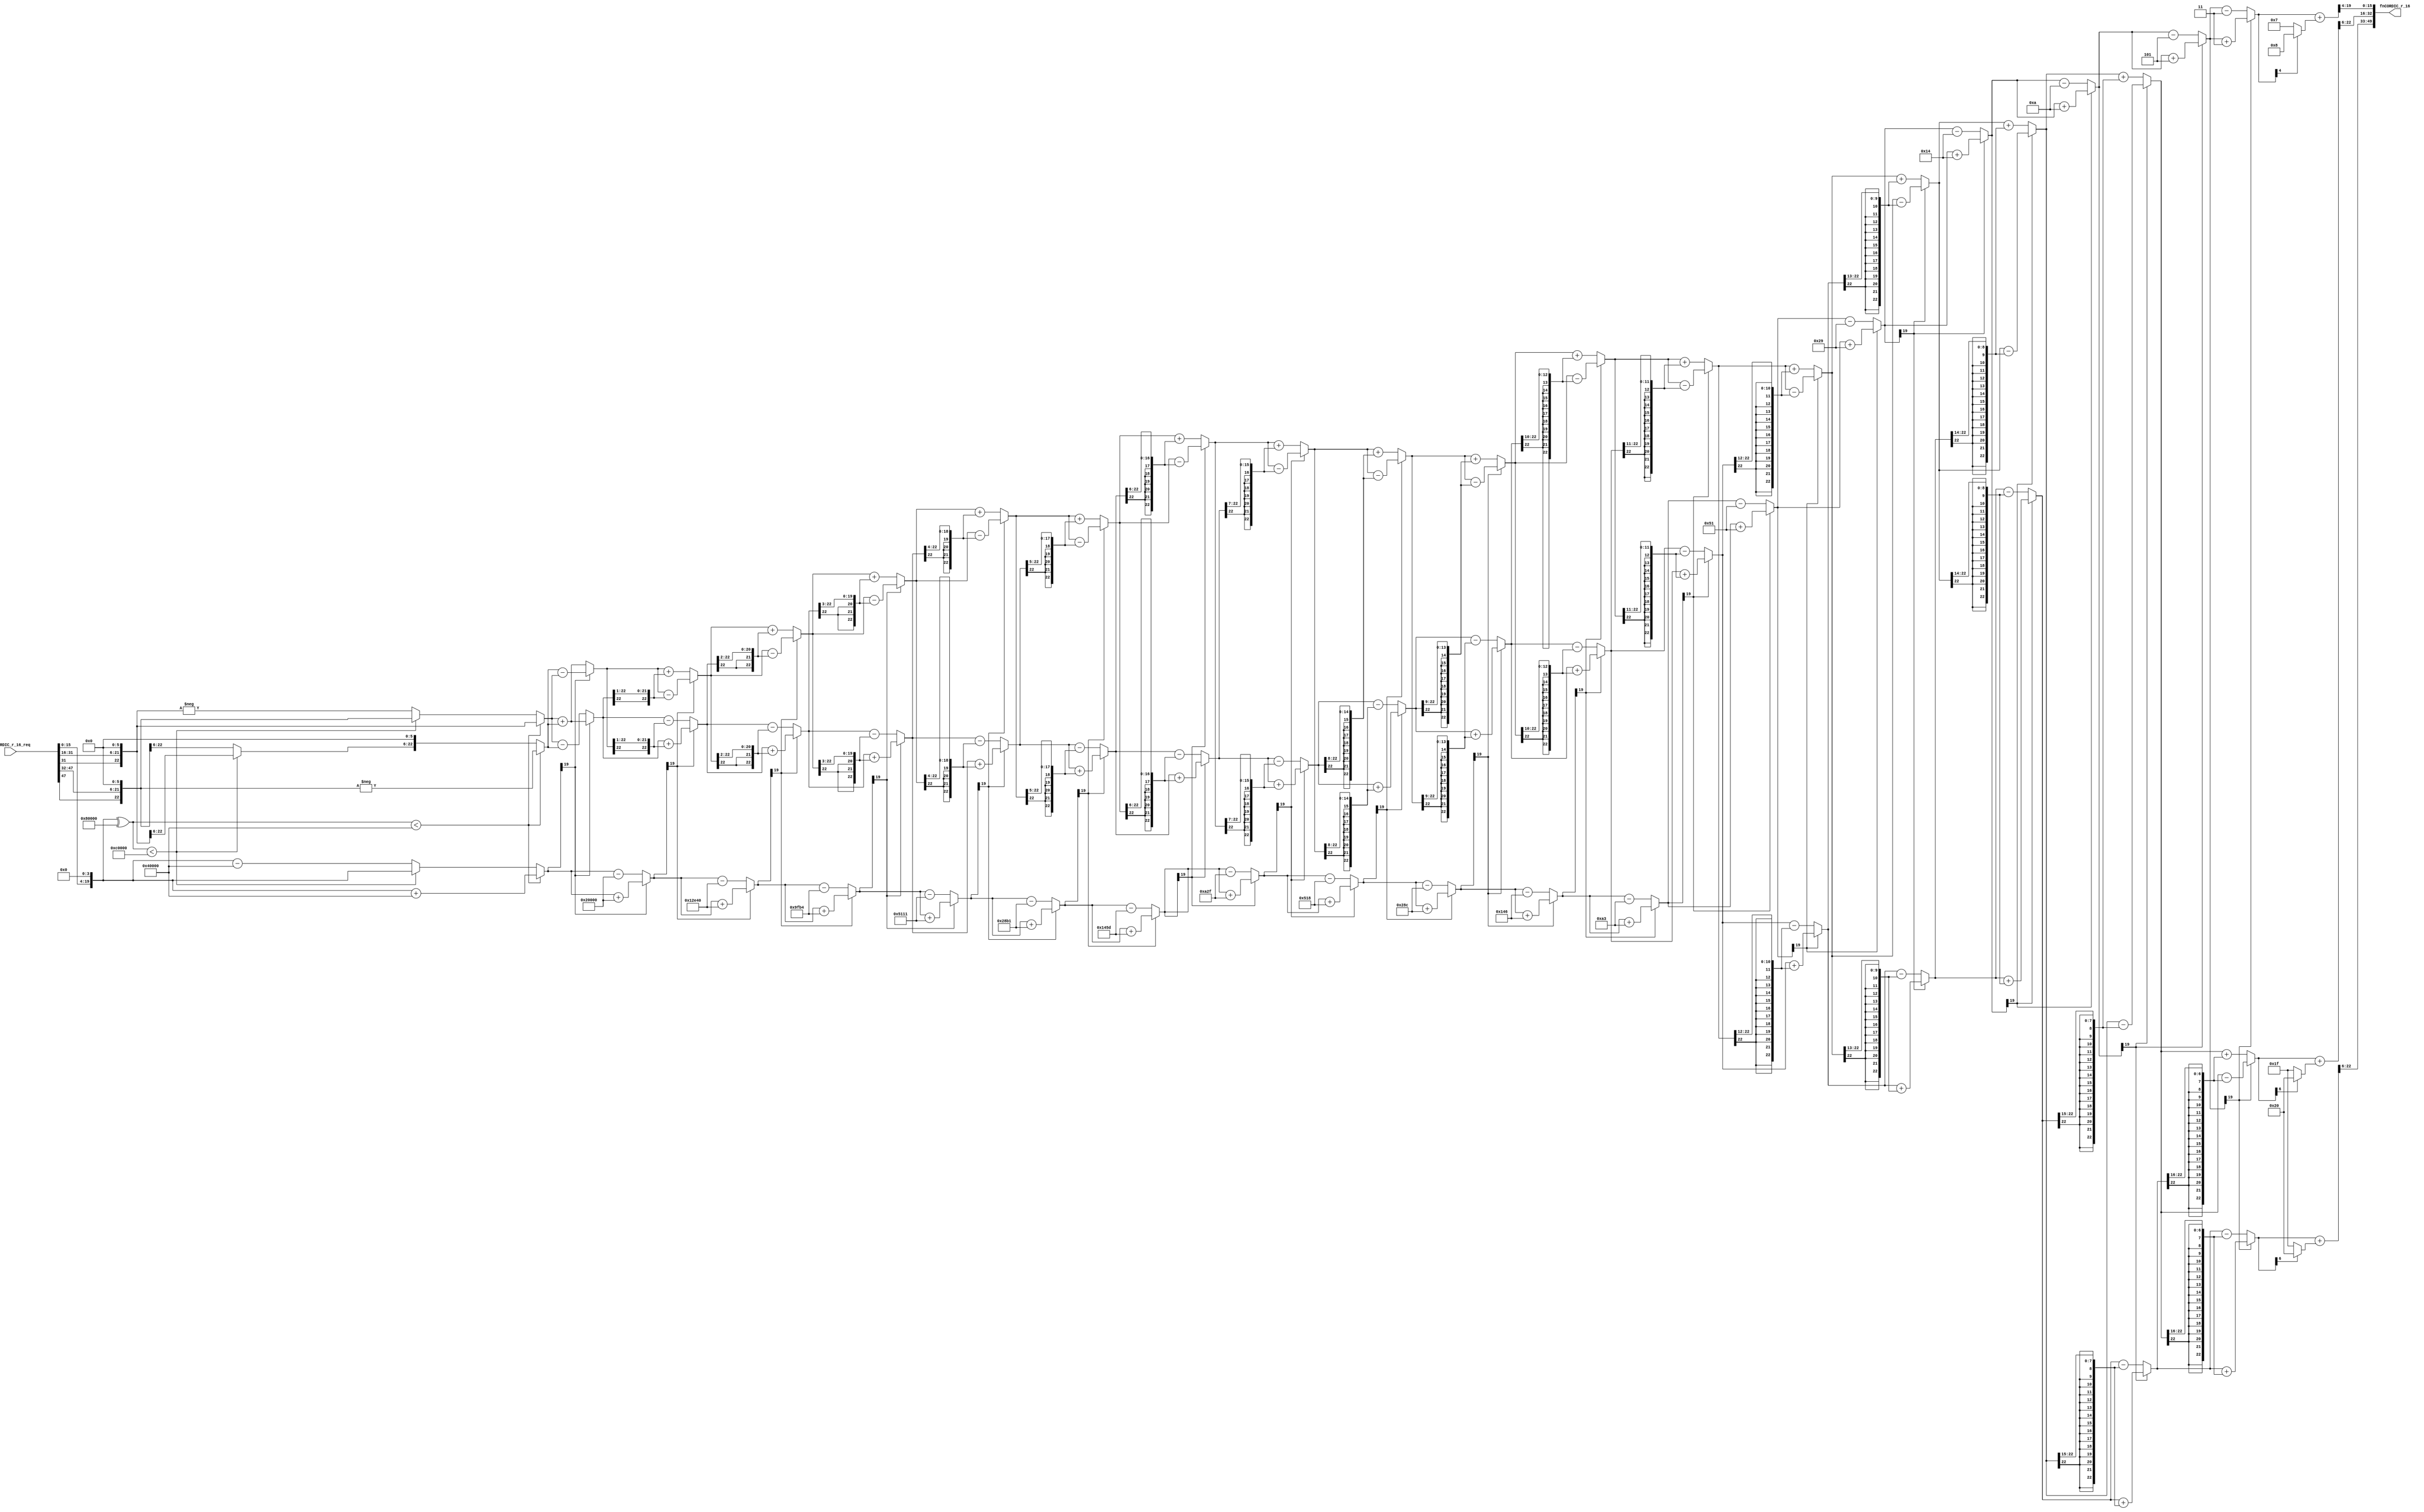
//
// Generated by Bluespec Compiler, version 2021.12.1 (build fd50140)
//
// On Sat Dec 18 18:10:43 CET 2021
//
//
// Ports:
// Name                         I/O  size props
// fnCORDIC_r_16                  O    50
// fnCORDIC_r_16_req              I    48
//
// Combinational paths from inputs to outputs:
//   fnCORDIC_r_16_req -> fnCORDIC_r_16
//
//

`ifdef BSV_ASSIGNMENT_DELAY
`else
  `define BSV_ASSIGNMENT_DELAY
`endif

`ifdef BSV_POSITIVE_RESET
  `define BSV_RESET_VALUE 1'b1
  `define BSV_RESET_EDGE posedge
`else
  `define BSV_RESET_VALUE 1'b0
  `define BSV_RESET_EDGE negedge
`endif

module module_fnCORDIC_r_16(fnCORDIC_r_16_req,
			    fnCORDIC_r_16);
  // value method fnCORDIC_r_16
  input  [47 : 0] fnCORDIC_r_16_req;
  output [49 : 0] fnCORDIC_r_16;

  // signals for module outputs
  wire [49 : 0] fnCORDIC_r_16;

  // remaining internal signals
  wire [22 : 0] IF_IF_IF_IF_IF_IF_IF_IF_IF_IF_IF_IF_IF_IF_IF_I_ETC___d206,
		IF_IF_IF_IF_IF_IF_IF_IF_IF_IF_IF_IF_IF_IF_IF_I_ETC___d210,
		IF_IF_IF_IF_IF_IF_IF_IF_IF_IF_IF_IF_IF_IF_IF_I_ETC___d211,
		IF_IF_IF_IF_IF_IF_IF_IF_IF_IF_IF_IF_IF_IF_IF_I_ETC___d214,
		IF_IF_IF_IF_IF_IF_IF_IF_IF_IF_IF_IF_IF_IF_IF_I_ETC___d215,
		IF_IF_IF_IF_IF_IF_IF_IF_IF_IF_IF_IF_IF_IF_IF_I_ETC___d218,
		IF_IF_IF_IF_IF_IF_IF_IF_IF_IF_IF_IF_IF_IF_IF_I_ETC___d219,
		IF_IF_IF_IF_IF_IF_IF_IF_IF_IF_IF_IF_IF_IF_IF_I_ETC___d222,
		IF_IF_IF_IF_IF_IF_IF_IF_IF_IF_IF_IF_IF_IF_IF_I_ETC___d228,
		IF_IF_IF_IF_IF_IF_IF_IF_IF_IF_IF_IF_IF_IF_IF_I_ETC___d231,
		IF_IF_IF_IF_IF_IF_IF_IF_IF_IF_IF_IF_IF_IF_IF_I_ETC__q39,
		IF_IF_IF_IF_IF_IF_IF_IF_IF_IF_IF_IF_IF_IF_IF_I_ETC__q42,
		IF_IF_IF_IF_IF_IF_IF_IF_IF_IF_IF_IF_IF_IF_IF_S_ETC___d198,
		IF_IF_IF_IF_IF_IF_IF_IF_IF_IF_IF_IF_IF_IF_IF_S_ETC___d202,
		IF_IF_IF_IF_IF_IF_IF_IF_IF_IF_IF_IF_IF_IF_IF_S_ETC___d203,
		IF_IF_IF_IF_IF_IF_IF_IF_IF_IF_IF_IF_IF_IF_IF_S_ETC___d207,
		IF_IF_IF_IF_IF_IF_IF_IF_IF_IF_IF_IF_IF_IF_SEXT_ETC___d190,
		IF_IF_IF_IF_IF_IF_IF_IF_IF_IF_IF_IF_IF_IF_SEXT_ETC___d194,
		IF_IF_IF_IF_IF_IF_IF_IF_IF_IF_IF_IF_IF_IF_SEXT_ETC___d195,
		IF_IF_IF_IF_IF_IF_IF_IF_IF_IF_IF_IF_IF_IF_SEXT_ETC___d199,
		IF_IF_IF_IF_IF_IF_IF_IF_IF_IF_IF_IF_IF_SEXT_fn_ETC___d182,
		IF_IF_IF_IF_IF_IF_IF_IF_IF_IF_IF_IF_IF_SEXT_fn_ETC___d186,
		IF_IF_IF_IF_IF_IF_IF_IF_IF_IF_IF_IF_IF_SEXT_fn_ETC___d187,
		IF_IF_IF_IF_IF_IF_IF_IF_IF_IF_IF_IF_IF_SEXT_fn_ETC___d191,
		IF_IF_IF_IF_IF_IF_IF_IF_IF_IF_IF_IF_SEXT_fnCOR_ETC___d174,
		IF_IF_IF_IF_IF_IF_IF_IF_IF_IF_IF_IF_SEXT_fnCOR_ETC___d178,
		IF_IF_IF_IF_IF_IF_IF_IF_IF_IF_IF_IF_SEXT_fnCOR_ETC___d179,
		IF_IF_IF_IF_IF_IF_IF_IF_IF_IF_IF_IF_SEXT_fnCOR_ETC___d183,
		IF_IF_IF_IF_IF_IF_IF_IF_IF_IF_IF_SEXT_fnCORDIC_ETC___d166,
		IF_IF_IF_IF_IF_IF_IF_IF_IF_IF_IF_SEXT_fnCORDIC_ETC___d170,
		IF_IF_IF_IF_IF_IF_IF_IF_IF_IF_IF_SEXT_fnCORDIC_ETC___d171,
		IF_IF_IF_IF_IF_IF_IF_IF_IF_IF_IF_SEXT_fnCORDIC_ETC___d175,
		IF_IF_IF_IF_IF_IF_IF_IF_IF_IF_SEXT_fnCORDIC_r__ETC___d158,
		IF_IF_IF_IF_IF_IF_IF_IF_IF_IF_SEXT_fnCORDIC_r__ETC___d162,
		IF_IF_IF_IF_IF_IF_IF_IF_IF_IF_SEXT_fnCORDIC_r__ETC___d163,
		IF_IF_IF_IF_IF_IF_IF_IF_IF_IF_SEXT_fnCORDIC_r__ETC___d167,
		IF_IF_IF_IF_IF_IF_IF_IF_IF_SEXT_fnCORDIC_r_16__ETC___d150,
		IF_IF_IF_IF_IF_IF_IF_IF_IF_SEXT_fnCORDIC_r_16__ETC___d154,
		IF_IF_IF_IF_IF_IF_IF_IF_IF_SEXT_fnCORDIC_r_16__ETC___d155,
		IF_IF_IF_IF_IF_IF_IF_IF_IF_SEXT_fnCORDIC_r_16__ETC___d159,
		IF_IF_IF_IF_IF_IF_IF_IF_SEXT_fnCORDIC_r_16_req_ETC___d142,
		IF_IF_IF_IF_IF_IF_IF_IF_SEXT_fnCORDIC_r_16_req_ETC___d146,
		IF_IF_IF_IF_IF_IF_IF_IF_SEXT_fnCORDIC_r_16_req_ETC___d147,
		IF_IF_IF_IF_IF_IF_IF_IF_SEXT_fnCORDIC_r_16_req_ETC___d151,
		IF_IF_IF_IF_IF_IF_IF_SEXT_fnCORDIC_r_16_req_BI_ETC___d134,
		IF_IF_IF_IF_IF_IF_IF_SEXT_fnCORDIC_r_16_req_BI_ETC___d138,
		IF_IF_IF_IF_IF_IF_IF_SEXT_fnCORDIC_r_16_req_BI_ETC___d139,
		IF_IF_IF_IF_IF_IF_IF_SEXT_fnCORDIC_r_16_req_BI_ETC___d143,
		IF_IF_IF_IF_IF_IF_SEXT_fnCORDIC_r_16_req_BITS__ETC___d126,
		IF_IF_IF_IF_IF_IF_SEXT_fnCORDIC_r_16_req_BITS__ETC___d130,
		IF_IF_IF_IF_IF_IF_SEXT_fnCORDIC_r_16_req_BITS__ETC___d131,
		IF_IF_IF_IF_IF_IF_SEXT_fnCORDIC_r_16_req_BITS__ETC___d135,
		IF_IF_IF_IF_IF_SEXT_fnCORDIC_r_16_req_BITS_15__ETC___d118,
		IF_IF_IF_IF_IF_SEXT_fnCORDIC_r_16_req_BITS_15__ETC___d122,
		IF_IF_IF_IF_IF_SEXT_fnCORDIC_r_16_req_BITS_15__ETC___d123,
		IF_IF_IF_IF_IF_SEXT_fnCORDIC_r_16_req_BITS_15__ETC___d127,
		IF_IF_IF_IF_SEXT_fnCORDIC_r_16_req_BITS_15_TO__ETC___d110,
		IF_IF_IF_IF_SEXT_fnCORDIC_r_16_req_BITS_15_TO__ETC___d114,
		IF_IF_IF_IF_SEXT_fnCORDIC_r_16_req_BITS_15_TO__ETC___d115,
		IF_IF_IF_IF_SEXT_fnCORDIC_r_16_req_BITS_15_TO__ETC___d119,
		IF_IF_IF_SEXT_fnCORDIC_r_16_req_BITS_15_TO_0_B_ETC___d102,
		IF_IF_IF_SEXT_fnCORDIC_r_16_req_BITS_15_TO_0_B_ETC___d106,
		IF_IF_IF_SEXT_fnCORDIC_r_16_req_BITS_15_TO_0_B_ETC___d107,
		IF_IF_IF_SEXT_fnCORDIC_r_16_req_BITS_15_TO_0_B_ETC___d111,
		IF_IF_SEXT_fnCORDIC_r_16_req_BITS_15_TO_0_BITS_ETC___d103,
		IF_IF_SEXT_fnCORDIC_r_16_req_BITS_15_TO_0_BITS_ETC___d94,
		IF_IF_SEXT_fnCORDIC_r_16_req_BITS_15_TO_0_BITS_ETC___d98,
		IF_IF_SEXT_fnCORDIC_r_16_req_BITS_15_TO_0_BITS_ETC___d99,
		IF_SEXT_fnCORDIC_r_16_req_BITS_15_TO_0_BITS_15_ETC___d86,
		IF_SEXT_fnCORDIC_r_16_req_BITS_15_TO_0_BITS_15_ETC___d90,
		IF_SEXT_fnCORDIC_r_16_req_BITS_15_TO_0_BITS_15_ETC___d91,
		IF_SEXT_fnCORDIC_r_16_req_BITS_15_TO_0_BITS_15_ETC___d95,
		SEXT_IF_IF_IF_IF_IF_IF_IF_IF_IF_IF_IF_IF_IF_IF_ETC__q41,
		SEXT_IF_IF_IF_IF_IF_IF_IF_IF_IF_IF_IF_IF_IF_IF_ETC__q44,
		SEXT_fnCORDIC_r_16_req_BITS_31_TO_16__q4,
		SEXT_fnCORDIC_r_16_req_BITS_47_TO_32__q6;
  wire [21 : 0] IF_IF_SEXT_fnCORDIC_r_16_req_BITS_15_TO_0_BITS_ETC__q7,
		IF_IF_SEXT_fnCORDIC_r_16_req_BITS_15_TO_0_BITS_ETC__q8;
  wire [20 : 0] IF_IF_IF_SEXT_fnCORDIC_r_16_req_BITS_15_TO_0_B_ETC__q10,
		IF_IF_IF_SEXT_fnCORDIC_r_16_req_BITS_15_TO_0_B_ETC__q9;
  wire [19 : 0] IF_IF_IF_IF_IF_IF_IF_IF_IF_IF_IF_IF_IF_IF_IF_I_ETC___d239,
		IF_IF_IF_IF_IF_IF_IF_IF_IF_IF_IF_IF_IF_IF_IF_I_ETC___d70,
		IF_IF_IF_IF_IF_IF_IF_IF_IF_IF_IF_IF_IF_IF_IF_I_ETC___d74,
		IF_IF_IF_IF_IF_IF_IF_IF_IF_IF_IF_IF_IF_IF_IF_I_ETC__q45,
		IF_IF_IF_IF_IF_IF_IF_IF_IF_IF_IF_IF_IF_IF_IF_S_ETC___d66,
		IF_IF_IF_IF_IF_IF_IF_IF_IF_IF_IF_IF_IF_IF_SEXT_ETC___d62,
		IF_IF_IF_IF_IF_IF_IF_IF_IF_IF_IF_IF_IF_SEXT_fn_ETC___d58,
		IF_IF_IF_IF_IF_IF_IF_IF_IF_IF_IF_IF_SEXT_fnCOR_ETC___d54,
		IF_IF_IF_IF_IF_IF_IF_IF_IF_IF_IF_SEXT_fnCORDIC_ETC___d50,
		IF_IF_IF_IF_IF_IF_IF_IF_IF_IF_SEXT_fnCORDIC_r__ETC___d46,
		IF_IF_IF_IF_IF_IF_IF_IF_IF_SEXT_fnCORDIC_r_16__ETC___d42,
		IF_IF_IF_IF_IF_IF_IF_IF_SEXT_fnCORDIC_r_16_req_ETC___d38,
		IF_IF_IF_IF_IF_IF_IF_SEXT_fnCORDIC_r_16_req_BI_ETC___d34,
		IF_IF_IF_IF_IF_IF_SEXT_fnCORDIC_r_16_req_BITS__ETC___d30,
		IF_IF_IF_IF_IF_SEXT_fnCORDIC_r_16_req_BITS_15__ETC___d26,
		IF_IF_IF_IF_SEXT_fnCORDIC_r_16_req_BITS_15_TO__ETC___d22,
		IF_IF_IF_IF_SEXT_fnCORDIC_r_16_req_BITS_15_TO__ETC__q11,
		IF_IF_IF_IF_SEXT_fnCORDIC_r_16_req_BITS_15_TO__ETC__q12,
		IF_IF_IF_SEXT_fnCORDIC_r_16_req_BITS_15_TO_0_B_ETC___d18,
		IF_IF_SEXT_fnCORDIC_r_16_req_BITS_15_TO_0_BITS_ETC___d14,
		IF_SEXT_fnCORDIC_r_16_req_BITS_15_TO_0_BITS_15_ETC___d10,
		SEXT_IF_IF_IF_IF_IF_IF_IF_IF_IF_IF_IF_IF_IF_IF_ETC__q47,
		SEXT_fnCORDIC_r_16_req_BITS_15_TO_0_BITS_15_TO_ETC___d4,
		SEXT_fnCORDIC_r_16_req_BITS_15_TO_0__q2;
  wire [18 : 0] IF_IF_IF_IF_IF_SEXT_fnCORDIC_r_16_req_BITS_15__ETC__q13,
		IF_IF_IF_IF_IF_SEXT_fnCORDIC_r_16_req_BITS_15__ETC__q14;
  wire [17 : 0] IF_IF_IF_IF_IF_IF_SEXT_fnCORDIC_r_16_req_BITS__ETC__q15,
		IF_IF_IF_IF_IF_IF_SEXT_fnCORDIC_r_16_req_BITS__ETC__q16;
  wire [16 : 0] IF_IF_IF_IF_IF_IF_IF_IF_IF_IF_IF_IF_IF_IF_IF_I_ETC__q40,
		IF_IF_IF_IF_IF_IF_IF_IF_IF_IF_IF_IF_IF_IF_IF_I_ETC__q43,
		IF_IF_IF_IF_IF_IF_IF_SEXT_fnCORDIC_r_16_req_BI_ETC__q17,
		IF_IF_IF_IF_IF_IF_IF_SEXT_fnCORDIC_r_16_req_BI_ETC__q18;
  wire [15 : 0] IF_IF_IF_IF_IF_IF_IF_IF_IF_IF_IF_IF_IF_IF_IF_I_ETC__q46,
		IF_IF_IF_IF_IF_IF_IF_IF_SEXT_fnCORDIC_r_16_req_ETC__q19,
		IF_IF_IF_IF_IF_IF_IF_IF_SEXT_fnCORDIC_r_16_req_ETC__q20,
		fnCORDIC_r_16_req_BITS_15_TO_0__q1,
		fnCORDIC_r_16_req_BITS_31_TO_16__q3,
		fnCORDIC_r_16_req_BITS_47_TO_32__q5;
  wire [14 : 0] IF_IF_IF_IF_IF_IF_IF_IF_IF_SEXT_fnCORDIC_r_16__ETC__q21,
		IF_IF_IF_IF_IF_IF_IF_IF_IF_SEXT_fnCORDIC_r_16__ETC__q22;
  wire [13 : 0] IF_IF_IF_IF_IF_IF_IF_IF_IF_IF_SEXT_fnCORDIC_r__ETC__q23,
		IF_IF_IF_IF_IF_IF_IF_IF_IF_IF_SEXT_fnCORDIC_r__ETC__q24;
  wire [12 : 0] IF_IF_IF_IF_IF_IF_IF_IF_IF_IF_IF_SEXT_fnCORDIC_ETC__q25,
		IF_IF_IF_IF_IF_IF_IF_IF_IF_IF_IF_SEXT_fnCORDIC_ETC__q26;
  wire [11 : 0] IF_IF_IF_IF_IF_IF_IF_IF_IF_IF_IF_IF_SEXT_fnCOR_ETC__q27,
		IF_IF_IF_IF_IF_IF_IF_IF_IF_IF_IF_IF_SEXT_fnCOR_ETC__q28;
  wire [10 : 0] IF_IF_IF_IF_IF_IF_IF_IF_IF_IF_IF_IF_IF_SEXT_fn_ETC__q29,
		IF_IF_IF_IF_IF_IF_IF_IF_IF_IF_IF_IF_IF_SEXT_fn_ETC__q30;
  wire [9 : 0] IF_IF_IF_IF_IF_IF_IF_IF_IF_IF_IF_IF_IF_IF_SEXT_ETC__q31,
	       IF_IF_IF_IF_IF_IF_IF_IF_IF_IF_IF_IF_IF_IF_SEXT_ETC__q32;
  wire [8 : 0] IF_IF_IF_IF_IF_IF_IF_IF_IF_IF_IF_IF_IF_IF_IF_S_ETC__q33,
	       IF_IF_IF_IF_IF_IF_IF_IF_IF_IF_IF_IF_IF_IF_IF_S_ETC__q34;
  wire [7 : 0] IF_IF_IF_IF_IF_IF_IF_IF_IF_IF_IF_IF_IF_IF_IF_I_ETC__q35,
	       IF_IF_IF_IF_IF_IF_IF_IF_IF_IF_IF_IF_IF_IF_IF_I_ETC__q36;
  wire [6 : 0] IF_IF_IF_IF_IF_IF_IF_IF_IF_IF_IF_IF_IF_IF_IF_I_ETC__q37,
	       IF_IF_IF_IF_IF_IF_IF_IF_IF_IF_IF_IF_IF_IF_IF_I_ETC__q38;
  wire SEXT_fnCORDIC_r_16_req_BITS_15_TO_0_BITS_15_TO_ETC___d5,
       SEXT_fnCORDIC_r_16_req_BITS_15_TO_0_BITS_15_TO_ETC___d7;

  // value method fnCORDIC_r_16
  assign fnCORDIC_r_16 =
	     { SEXT_IF_IF_IF_IF_IF_IF_IF_IF_IF_IF_IF_IF_IF_IF_ETC__q41[16:0],
	       SEXT_IF_IF_IF_IF_IF_IF_IF_IF_IF_IF_IF_IF_IF_IF_ETC__q44[16:0],
	       SEXT_IF_IF_IF_IF_IF_IF_IF_IF_IF_IF_IF_IF_IF_IF_ETC__q47[15:0] } ;

  // remaining internal signals
  assign IF_IF_IF_IF_IF_IF_IF_IF_IF_IF_IF_IF_IF_IF_IF_I_ETC___d206 =
	     IF_IF_IF_IF_IF_IF_IF_IF_IF_IF_IF_IF_IF_IF_IF_S_ETC___d66[19] ?
	       IF_IF_IF_IF_IF_IF_IF_IF_IF_IF_IF_IF_IF_IF_IF_S_ETC___d198 +
	       IF_IF_IF_IF_IF_IF_IF_IF_IF_IF_IF_IF_IF_IF_IF_S_ETC___d203 :
	       IF_IF_IF_IF_IF_IF_IF_IF_IF_IF_IF_IF_IF_IF_IF_S_ETC___d198 -
	       IF_IF_IF_IF_IF_IF_IF_IF_IF_IF_IF_IF_IF_IF_IF_S_ETC___d203 ;
  assign IF_IF_IF_IF_IF_IF_IF_IF_IF_IF_IF_IF_IF_IF_IF_I_ETC___d210 =
	     IF_IF_IF_IF_IF_IF_IF_IF_IF_IF_IF_IF_IF_IF_IF_S_ETC___d66[19] ?
	       IF_IF_IF_IF_IF_IF_IF_IF_IF_IF_IF_IF_IF_IF_IF_S_ETC___d202 -
	       IF_IF_IF_IF_IF_IF_IF_IF_IF_IF_IF_IF_IF_IF_IF_S_ETC___d207 :
	       IF_IF_IF_IF_IF_IF_IF_IF_IF_IF_IF_IF_IF_IF_IF_S_ETC___d202 +
	       IF_IF_IF_IF_IF_IF_IF_IF_IF_IF_IF_IF_IF_IF_IF_S_ETC___d207 ;
  assign IF_IF_IF_IF_IF_IF_IF_IF_IF_IF_IF_IF_IF_IF_IF_I_ETC___d211 =
	     { {15{IF_IF_IF_IF_IF_IF_IF_IF_IF_IF_IF_IF_IF_IF_IF_I_ETC__q36[7]}},
	       IF_IF_IF_IF_IF_IF_IF_IF_IF_IF_IF_IF_IF_IF_IF_I_ETC__q36 } ;
  assign IF_IF_IF_IF_IF_IF_IF_IF_IF_IF_IF_IF_IF_IF_IF_I_ETC___d214 =
	     IF_IF_IF_IF_IF_IF_IF_IF_IF_IF_IF_IF_IF_IF_IF_I_ETC___d70[19] ?
	       IF_IF_IF_IF_IF_IF_IF_IF_IF_IF_IF_IF_IF_IF_IF_I_ETC___d206 +
	       IF_IF_IF_IF_IF_IF_IF_IF_IF_IF_IF_IF_IF_IF_IF_I_ETC___d211 :
	       IF_IF_IF_IF_IF_IF_IF_IF_IF_IF_IF_IF_IF_IF_IF_I_ETC___d206 -
	       IF_IF_IF_IF_IF_IF_IF_IF_IF_IF_IF_IF_IF_IF_IF_I_ETC___d211 ;
  assign IF_IF_IF_IF_IF_IF_IF_IF_IF_IF_IF_IF_IF_IF_IF_I_ETC___d215 =
	     { {15{IF_IF_IF_IF_IF_IF_IF_IF_IF_IF_IF_IF_IF_IF_IF_I_ETC__q35[7]}},
	       IF_IF_IF_IF_IF_IF_IF_IF_IF_IF_IF_IF_IF_IF_IF_I_ETC__q35 } ;
  assign IF_IF_IF_IF_IF_IF_IF_IF_IF_IF_IF_IF_IF_IF_IF_I_ETC___d218 =
	     IF_IF_IF_IF_IF_IF_IF_IF_IF_IF_IF_IF_IF_IF_IF_I_ETC___d70[19] ?
	       IF_IF_IF_IF_IF_IF_IF_IF_IF_IF_IF_IF_IF_IF_IF_I_ETC___d210 -
	       IF_IF_IF_IF_IF_IF_IF_IF_IF_IF_IF_IF_IF_IF_IF_I_ETC___d215 :
	       IF_IF_IF_IF_IF_IF_IF_IF_IF_IF_IF_IF_IF_IF_IF_I_ETC___d210 +
	       IF_IF_IF_IF_IF_IF_IF_IF_IF_IF_IF_IF_IF_IF_IF_I_ETC___d215 ;
  assign IF_IF_IF_IF_IF_IF_IF_IF_IF_IF_IF_IF_IF_IF_IF_I_ETC___d219 =
	     { {16{IF_IF_IF_IF_IF_IF_IF_IF_IF_IF_IF_IF_IF_IF_IF_I_ETC__q37[6]}},
	       IF_IF_IF_IF_IF_IF_IF_IF_IF_IF_IF_IF_IF_IF_IF_I_ETC__q37 } ;
  assign IF_IF_IF_IF_IF_IF_IF_IF_IF_IF_IF_IF_IF_IF_IF_I_ETC___d222 =
	     IF_IF_IF_IF_IF_IF_IF_IF_IF_IF_IF_IF_IF_IF_IF_I_ETC___d74[19] ?
	       IF_IF_IF_IF_IF_IF_IF_IF_IF_IF_IF_IF_IF_IF_IF_I_ETC___d214 +
	       IF_IF_IF_IF_IF_IF_IF_IF_IF_IF_IF_IF_IF_IF_IF_I_ETC___d219 :
	       IF_IF_IF_IF_IF_IF_IF_IF_IF_IF_IF_IF_IF_IF_IF_I_ETC___d214 -
	       IF_IF_IF_IF_IF_IF_IF_IF_IF_IF_IF_IF_IF_IF_IF_I_ETC___d219 ;
  assign IF_IF_IF_IF_IF_IF_IF_IF_IF_IF_IF_IF_IF_IF_IF_I_ETC___d228 =
	     { {16{IF_IF_IF_IF_IF_IF_IF_IF_IF_IF_IF_IF_IF_IF_IF_I_ETC__q38[6]}},
	       IF_IF_IF_IF_IF_IF_IF_IF_IF_IF_IF_IF_IF_IF_IF_I_ETC__q38 } ;
  assign IF_IF_IF_IF_IF_IF_IF_IF_IF_IF_IF_IF_IF_IF_IF_I_ETC___d231 =
	     IF_IF_IF_IF_IF_IF_IF_IF_IF_IF_IF_IF_IF_IF_IF_I_ETC___d74[19] ?
	       IF_IF_IF_IF_IF_IF_IF_IF_IF_IF_IF_IF_IF_IF_IF_I_ETC___d218 -
	       IF_IF_IF_IF_IF_IF_IF_IF_IF_IF_IF_IF_IF_IF_IF_I_ETC___d228 :
	       IF_IF_IF_IF_IF_IF_IF_IF_IF_IF_IF_IF_IF_IF_IF_I_ETC___d218 +
	       IF_IF_IF_IF_IF_IF_IF_IF_IF_IF_IF_IF_IF_IF_IF_I_ETC___d228 ;
  assign IF_IF_IF_IF_IF_IF_IF_IF_IF_IF_IF_IF_IF_IF_IF_I_ETC___d239 =
	     IF_IF_IF_IF_IF_IF_IF_IF_IF_IF_IF_IF_IF_IF_IF_I_ETC___d74[19] ?
	       IF_IF_IF_IF_IF_IF_IF_IF_IF_IF_IF_IF_IF_IF_IF_I_ETC___d74 +
	       20'd3 :
	       IF_IF_IF_IF_IF_IF_IF_IF_IF_IF_IF_IF_IF_IF_IF_I_ETC___d74 -
	       20'd3 ;
  assign IF_IF_IF_IF_IF_IF_IF_IF_IF_IF_IF_IF_IF_IF_IF_I_ETC___d70 =
	     IF_IF_IF_IF_IF_IF_IF_IF_IF_IF_IF_IF_IF_IF_IF_S_ETC___d66[19] ?
	       IF_IF_IF_IF_IF_IF_IF_IF_IF_IF_IF_IF_IF_IF_IF_S_ETC___d66 +
	       20'd10 :
	       IF_IF_IF_IF_IF_IF_IF_IF_IF_IF_IF_IF_IF_IF_IF_S_ETC___d66 -
	       20'd10 ;
  assign IF_IF_IF_IF_IF_IF_IF_IF_IF_IF_IF_IF_IF_IF_IF_I_ETC___d74 =
	     IF_IF_IF_IF_IF_IF_IF_IF_IF_IF_IF_IF_IF_IF_IF_I_ETC___d70[19] ?
	       IF_IF_IF_IF_IF_IF_IF_IF_IF_IF_IF_IF_IF_IF_IF_I_ETC___d70 +
	       20'd5 :
	       IF_IF_IF_IF_IF_IF_IF_IF_IF_IF_IF_IF_IF_IF_IF_I_ETC___d70 -
	       20'd5 ;
  assign IF_IF_IF_IF_IF_IF_IF_IF_IF_IF_IF_IF_IF_IF_IF_I_ETC__q35 =
	     IF_IF_IF_IF_IF_IF_IF_IF_IF_IF_IF_IF_IF_IF_IF_I_ETC___d206[22:15] ;
  assign IF_IF_IF_IF_IF_IF_IF_IF_IF_IF_IF_IF_IF_IF_IF_I_ETC__q36 =
	     IF_IF_IF_IF_IF_IF_IF_IF_IF_IF_IF_IF_IF_IF_IF_I_ETC___d210[22:15] ;
  assign IF_IF_IF_IF_IF_IF_IF_IF_IF_IF_IF_IF_IF_IF_IF_I_ETC__q37 =
	     IF_IF_IF_IF_IF_IF_IF_IF_IF_IF_IF_IF_IF_IF_IF_I_ETC___d218[22:16] ;
  assign IF_IF_IF_IF_IF_IF_IF_IF_IF_IF_IF_IF_IF_IF_IF_I_ETC__q38 =
	     IF_IF_IF_IF_IF_IF_IF_IF_IF_IF_IF_IF_IF_IF_IF_I_ETC___d214[22:16] ;
  assign IF_IF_IF_IF_IF_IF_IF_IF_IF_IF_IF_IF_IF_IF_IF_I_ETC__q39 =
	     IF_IF_IF_IF_IF_IF_IF_IF_IF_IF_IF_IF_IF_IF_IF_I_ETC___d222 +
	     (IF_IF_IF_IF_IF_IF_IF_IF_IF_IF_IF_IF_IF_IF_IF_I_ETC___d222[6] ?
		23'd32 :
		23'd31) ;
  assign IF_IF_IF_IF_IF_IF_IF_IF_IF_IF_IF_IF_IF_IF_IF_I_ETC__q40 =
	     IF_IF_IF_IF_IF_IF_IF_IF_IF_IF_IF_IF_IF_IF_IF_I_ETC__q39[22:6] ;
  assign IF_IF_IF_IF_IF_IF_IF_IF_IF_IF_IF_IF_IF_IF_IF_I_ETC__q42 =
	     IF_IF_IF_IF_IF_IF_IF_IF_IF_IF_IF_IF_IF_IF_IF_I_ETC___d231 +
	     (IF_IF_IF_IF_IF_IF_IF_IF_IF_IF_IF_IF_IF_IF_IF_I_ETC___d231[6] ?
		23'd32 :
		23'd31) ;
  assign IF_IF_IF_IF_IF_IF_IF_IF_IF_IF_IF_IF_IF_IF_IF_I_ETC__q43 =
	     IF_IF_IF_IF_IF_IF_IF_IF_IF_IF_IF_IF_IF_IF_IF_I_ETC__q42[22:6] ;
  assign IF_IF_IF_IF_IF_IF_IF_IF_IF_IF_IF_IF_IF_IF_IF_I_ETC__q45 =
	     IF_IF_IF_IF_IF_IF_IF_IF_IF_IF_IF_IF_IF_IF_IF_I_ETC___d239 +
	     (IF_IF_IF_IF_IF_IF_IF_IF_IF_IF_IF_IF_IF_IF_IF_I_ETC___d239[4] ?
		20'd8 :
		20'd7) ;
  assign IF_IF_IF_IF_IF_IF_IF_IF_IF_IF_IF_IF_IF_IF_IF_I_ETC__q46 =
	     IF_IF_IF_IF_IF_IF_IF_IF_IF_IF_IF_IF_IF_IF_IF_I_ETC__q45[19:4] ;
  assign IF_IF_IF_IF_IF_IF_IF_IF_IF_IF_IF_IF_IF_IF_IF_S_ETC___d198 =
	     IF_IF_IF_IF_IF_IF_IF_IF_IF_IF_IF_IF_IF_IF_SEXT_ETC___d62[19] ?
	       IF_IF_IF_IF_IF_IF_IF_IF_IF_IF_IF_IF_IF_IF_SEXT_ETC___d190 +
	       IF_IF_IF_IF_IF_IF_IF_IF_IF_IF_IF_IF_IF_IF_SEXT_ETC___d195 :
	       IF_IF_IF_IF_IF_IF_IF_IF_IF_IF_IF_IF_IF_IF_SEXT_ETC___d190 -
	       IF_IF_IF_IF_IF_IF_IF_IF_IF_IF_IF_IF_IF_IF_SEXT_ETC___d195 ;
  assign IF_IF_IF_IF_IF_IF_IF_IF_IF_IF_IF_IF_IF_IF_IF_S_ETC___d202 =
	     IF_IF_IF_IF_IF_IF_IF_IF_IF_IF_IF_IF_IF_IF_SEXT_ETC___d62[19] ?
	       IF_IF_IF_IF_IF_IF_IF_IF_IF_IF_IF_IF_IF_IF_SEXT_ETC___d194 -
	       IF_IF_IF_IF_IF_IF_IF_IF_IF_IF_IF_IF_IF_IF_SEXT_ETC___d199 :
	       IF_IF_IF_IF_IF_IF_IF_IF_IF_IF_IF_IF_IF_IF_SEXT_ETC___d194 +
	       IF_IF_IF_IF_IF_IF_IF_IF_IF_IF_IF_IF_IF_IF_SEXT_ETC___d199 ;
  assign IF_IF_IF_IF_IF_IF_IF_IF_IF_IF_IF_IF_IF_IF_IF_S_ETC___d203 =
	     { {14{IF_IF_IF_IF_IF_IF_IF_IF_IF_IF_IF_IF_IF_IF_IF_S_ETC__q34[8]}},
	       IF_IF_IF_IF_IF_IF_IF_IF_IF_IF_IF_IF_IF_IF_IF_S_ETC__q34 } ;
  assign IF_IF_IF_IF_IF_IF_IF_IF_IF_IF_IF_IF_IF_IF_IF_S_ETC___d207 =
	     { {14{IF_IF_IF_IF_IF_IF_IF_IF_IF_IF_IF_IF_IF_IF_IF_S_ETC__q33[8]}},
	       IF_IF_IF_IF_IF_IF_IF_IF_IF_IF_IF_IF_IF_IF_IF_S_ETC__q33 } ;
  assign IF_IF_IF_IF_IF_IF_IF_IF_IF_IF_IF_IF_IF_IF_IF_S_ETC___d66 =
	     IF_IF_IF_IF_IF_IF_IF_IF_IF_IF_IF_IF_IF_IF_SEXT_ETC___d62[19] ?
	       IF_IF_IF_IF_IF_IF_IF_IF_IF_IF_IF_IF_IF_IF_SEXT_ETC___d62 +
	       20'd20 :
	       IF_IF_IF_IF_IF_IF_IF_IF_IF_IF_IF_IF_IF_IF_SEXT_ETC___d62 -
	       20'd20 ;
  assign IF_IF_IF_IF_IF_IF_IF_IF_IF_IF_IF_IF_IF_IF_IF_S_ETC__q33 =
	     IF_IF_IF_IF_IF_IF_IF_IF_IF_IF_IF_IF_IF_IF_IF_S_ETC___d198[22:14] ;
  assign IF_IF_IF_IF_IF_IF_IF_IF_IF_IF_IF_IF_IF_IF_IF_S_ETC__q34 =
	     IF_IF_IF_IF_IF_IF_IF_IF_IF_IF_IF_IF_IF_IF_IF_S_ETC___d202[22:14] ;
  assign IF_IF_IF_IF_IF_IF_IF_IF_IF_IF_IF_IF_IF_IF_SEXT_ETC___d190 =
	     IF_IF_IF_IF_IF_IF_IF_IF_IF_IF_IF_IF_IF_SEXT_fn_ETC___d58[19] ?
	       IF_IF_IF_IF_IF_IF_IF_IF_IF_IF_IF_IF_IF_SEXT_fn_ETC___d182 +
	       IF_IF_IF_IF_IF_IF_IF_IF_IF_IF_IF_IF_IF_SEXT_fn_ETC___d187 :
	       IF_IF_IF_IF_IF_IF_IF_IF_IF_IF_IF_IF_IF_SEXT_fn_ETC___d182 -
	       IF_IF_IF_IF_IF_IF_IF_IF_IF_IF_IF_IF_IF_SEXT_fn_ETC___d187 ;
  assign IF_IF_IF_IF_IF_IF_IF_IF_IF_IF_IF_IF_IF_IF_SEXT_ETC___d194 =
	     IF_IF_IF_IF_IF_IF_IF_IF_IF_IF_IF_IF_IF_SEXT_fn_ETC___d58[19] ?
	       IF_IF_IF_IF_IF_IF_IF_IF_IF_IF_IF_IF_IF_SEXT_fn_ETC___d186 -
	       IF_IF_IF_IF_IF_IF_IF_IF_IF_IF_IF_IF_IF_SEXT_fn_ETC___d191 :
	       IF_IF_IF_IF_IF_IF_IF_IF_IF_IF_IF_IF_IF_SEXT_fn_ETC___d186 +
	       IF_IF_IF_IF_IF_IF_IF_IF_IF_IF_IF_IF_IF_SEXT_fn_ETC___d191 ;
  assign IF_IF_IF_IF_IF_IF_IF_IF_IF_IF_IF_IF_IF_IF_SEXT_ETC___d195 =
	     { {13{IF_IF_IF_IF_IF_IF_IF_IF_IF_IF_IF_IF_IF_IF_SEXT_ETC__q32[9]}},
	       IF_IF_IF_IF_IF_IF_IF_IF_IF_IF_IF_IF_IF_IF_SEXT_ETC__q32 } ;
  assign IF_IF_IF_IF_IF_IF_IF_IF_IF_IF_IF_IF_IF_IF_SEXT_ETC___d199 =
	     { {13{IF_IF_IF_IF_IF_IF_IF_IF_IF_IF_IF_IF_IF_IF_SEXT_ETC__q31[9]}},
	       IF_IF_IF_IF_IF_IF_IF_IF_IF_IF_IF_IF_IF_IF_SEXT_ETC__q31 } ;
  assign IF_IF_IF_IF_IF_IF_IF_IF_IF_IF_IF_IF_IF_IF_SEXT_ETC___d62 =
	     IF_IF_IF_IF_IF_IF_IF_IF_IF_IF_IF_IF_IF_SEXT_fn_ETC___d58[19] ?
	       IF_IF_IF_IF_IF_IF_IF_IF_IF_IF_IF_IF_IF_SEXT_fn_ETC___d58 +
	       20'd41 :
	       IF_IF_IF_IF_IF_IF_IF_IF_IF_IF_IF_IF_IF_SEXT_fn_ETC___d58 -
	       20'd41 ;
  assign IF_IF_IF_IF_IF_IF_IF_IF_IF_IF_IF_IF_IF_IF_SEXT_ETC__q31 =
	     IF_IF_IF_IF_IF_IF_IF_IF_IF_IF_IF_IF_IF_IF_SEXT_ETC___d190[22:13] ;
  assign IF_IF_IF_IF_IF_IF_IF_IF_IF_IF_IF_IF_IF_IF_SEXT_ETC__q32 =
	     IF_IF_IF_IF_IF_IF_IF_IF_IF_IF_IF_IF_IF_IF_SEXT_ETC___d194[22:13] ;
  assign IF_IF_IF_IF_IF_IF_IF_IF_IF_IF_IF_IF_IF_SEXT_fn_ETC___d182 =
	     IF_IF_IF_IF_IF_IF_IF_IF_IF_IF_IF_IF_SEXT_fnCOR_ETC___d54[19] ?
	       IF_IF_IF_IF_IF_IF_IF_IF_IF_IF_IF_IF_SEXT_fnCOR_ETC___d174 +
	       IF_IF_IF_IF_IF_IF_IF_IF_IF_IF_IF_IF_SEXT_fnCOR_ETC___d179 :
	       IF_IF_IF_IF_IF_IF_IF_IF_IF_IF_IF_IF_SEXT_fnCOR_ETC___d174 -
	       IF_IF_IF_IF_IF_IF_IF_IF_IF_IF_IF_IF_SEXT_fnCOR_ETC___d179 ;
  assign IF_IF_IF_IF_IF_IF_IF_IF_IF_IF_IF_IF_IF_SEXT_fn_ETC___d186 =
	     IF_IF_IF_IF_IF_IF_IF_IF_IF_IF_IF_IF_SEXT_fnCOR_ETC___d54[19] ?
	       IF_IF_IF_IF_IF_IF_IF_IF_IF_IF_IF_IF_SEXT_fnCOR_ETC___d178 -
	       IF_IF_IF_IF_IF_IF_IF_IF_IF_IF_IF_IF_SEXT_fnCOR_ETC___d183 :
	       IF_IF_IF_IF_IF_IF_IF_IF_IF_IF_IF_IF_SEXT_fnCOR_ETC___d178 +
	       IF_IF_IF_IF_IF_IF_IF_IF_IF_IF_IF_IF_SEXT_fnCOR_ETC___d183 ;
  assign IF_IF_IF_IF_IF_IF_IF_IF_IF_IF_IF_IF_IF_SEXT_fn_ETC___d187 =
	     { {12{IF_IF_IF_IF_IF_IF_IF_IF_IF_IF_IF_IF_IF_SEXT_fn_ETC__q30[10]}},
	       IF_IF_IF_IF_IF_IF_IF_IF_IF_IF_IF_IF_IF_SEXT_fn_ETC__q30 } ;
  assign IF_IF_IF_IF_IF_IF_IF_IF_IF_IF_IF_IF_IF_SEXT_fn_ETC___d191 =
	     { {12{IF_IF_IF_IF_IF_IF_IF_IF_IF_IF_IF_IF_IF_SEXT_fn_ETC__q29[10]}},
	       IF_IF_IF_IF_IF_IF_IF_IF_IF_IF_IF_IF_IF_SEXT_fn_ETC__q29 } ;
  assign IF_IF_IF_IF_IF_IF_IF_IF_IF_IF_IF_IF_IF_SEXT_fn_ETC___d58 =
	     IF_IF_IF_IF_IF_IF_IF_IF_IF_IF_IF_IF_SEXT_fnCOR_ETC___d54[19] ?
	       IF_IF_IF_IF_IF_IF_IF_IF_IF_IF_IF_IF_SEXT_fnCOR_ETC___d54 +
	       20'd81 :
	       IF_IF_IF_IF_IF_IF_IF_IF_IF_IF_IF_IF_SEXT_fnCOR_ETC___d54 -
	       20'd81 ;
  assign IF_IF_IF_IF_IF_IF_IF_IF_IF_IF_IF_IF_IF_SEXT_fn_ETC__q29 =
	     IF_IF_IF_IF_IF_IF_IF_IF_IF_IF_IF_IF_IF_SEXT_fn_ETC___d182[22:12] ;
  assign IF_IF_IF_IF_IF_IF_IF_IF_IF_IF_IF_IF_IF_SEXT_fn_ETC__q30 =
	     IF_IF_IF_IF_IF_IF_IF_IF_IF_IF_IF_IF_IF_SEXT_fn_ETC___d186[22:12] ;
  assign IF_IF_IF_IF_IF_IF_IF_IF_IF_IF_IF_IF_SEXT_fnCOR_ETC___d174 =
	     IF_IF_IF_IF_IF_IF_IF_IF_IF_IF_IF_SEXT_fnCORDIC_ETC___d50[19] ?
	       IF_IF_IF_IF_IF_IF_IF_IF_IF_IF_IF_SEXT_fnCORDIC_ETC___d166 +
	       IF_IF_IF_IF_IF_IF_IF_IF_IF_IF_IF_SEXT_fnCORDIC_ETC___d171 :
	       IF_IF_IF_IF_IF_IF_IF_IF_IF_IF_IF_SEXT_fnCORDIC_ETC___d166 -
	       IF_IF_IF_IF_IF_IF_IF_IF_IF_IF_IF_SEXT_fnCORDIC_ETC___d171 ;
  assign IF_IF_IF_IF_IF_IF_IF_IF_IF_IF_IF_IF_SEXT_fnCOR_ETC___d178 =
	     IF_IF_IF_IF_IF_IF_IF_IF_IF_IF_IF_SEXT_fnCORDIC_ETC___d50[19] ?
	       IF_IF_IF_IF_IF_IF_IF_IF_IF_IF_IF_SEXT_fnCORDIC_ETC___d170 -
	       IF_IF_IF_IF_IF_IF_IF_IF_IF_IF_IF_SEXT_fnCORDIC_ETC___d175 :
	       IF_IF_IF_IF_IF_IF_IF_IF_IF_IF_IF_SEXT_fnCORDIC_ETC___d170 +
	       IF_IF_IF_IF_IF_IF_IF_IF_IF_IF_IF_SEXT_fnCORDIC_ETC___d175 ;
  assign IF_IF_IF_IF_IF_IF_IF_IF_IF_IF_IF_IF_SEXT_fnCOR_ETC___d179 =
	     { {11{IF_IF_IF_IF_IF_IF_IF_IF_IF_IF_IF_IF_SEXT_fnCOR_ETC__q28[11]}},
	       IF_IF_IF_IF_IF_IF_IF_IF_IF_IF_IF_IF_SEXT_fnCOR_ETC__q28 } ;
  assign IF_IF_IF_IF_IF_IF_IF_IF_IF_IF_IF_IF_SEXT_fnCOR_ETC___d183 =
	     { {11{IF_IF_IF_IF_IF_IF_IF_IF_IF_IF_IF_IF_SEXT_fnCOR_ETC__q27[11]}},
	       IF_IF_IF_IF_IF_IF_IF_IF_IF_IF_IF_IF_SEXT_fnCOR_ETC__q27 } ;
  assign IF_IF_IF_IF_IF_IF_IF_IF_IF_IF_IF_IF_SEXT_fnCOR_ETC___d54 =
	     IF_IF_IF_IF_IF_IF_IF_IF_IF_IF_IF_SEXT_fnCORDIC_ETC___d50[19] ?
	       IF_IF_IF_IF_IF_IF_IF_IF_IF_IF_IF_SEXT_fnCORDIC_ETC___d50 +
	       20'd163 :
	       IF_IF_IF_IF_IF_IF_IF_IF_IF_IF_IF_SEXT_fnCORDIC_ETC___d50 -
	       20'd163 ;
  assign IF_IF_IF_IF_IF_IF_IF_IF_IF_IF_IF_IF_SEXT_fnCOR_ETC__q27 =
	     IF_IF_IF_IF_IF_IF_IF_IF_IF_IF_IF_IF_SEXT_fnCOR_ETC___d174[22:11] ;
  assign IF_IF_IF_IF_IF_IF_IF_IF_IF_IF_IF_IF_SEXT_fnCOR_ETC__q28 =
	     IF_IF_IF_IF_IF_IF_IF_IF_IF_IF_IF_IF_SEXT_fnCOR_ETC___d178[22:11] ;
  assign IF_IF_IF_IF_IF_IF_IF_IF_IF_IF_IF_SEXT_fnCORDIC_ETC___d166 =
	     IF_IF_IF_IF_IF_IF_IF_IF_IF_IF_SEXT_fnCORDIC_r__ETC___d46[19] ?
	       IF_IF_IF_IF_IF_IF_IF_IF_IF_IF_SEXT_fnCORDIC_r__ETC___d158 +
	       IF_IF_IF_IF_IF_IF_IF_IF_IF_IF_SEXT_fnCORDIC_r__ETC___d163 :
	       IF_IF_IF_IF_IF_IF_IF_IF_IF_IF_SEXT_fnCORDIC_r__ETC___d158 -
	       IF_IF_IF_IF_IF_IF_IF_IF_IF_IF_SEXT_fnCORDIC_r__ETC___d163 ;
  assign IF_IF_IF_IF_IF_IF_IF_IF_IF_IF_IF_SEXT_fnCORDIC_ETC___d170 =
	     IF_IF_IF_IF_IF_IF_IF_IF_IF_IF_SEXT_fnCORDIC_r__ETC___d46[19] ?
	       IF_IF_IF_IF_IF_IF_IF_IF_IF_IF_SEXT_fnCORDIC_r__ETC___d162 -
	       IF_IF_IF_IF_IF_IF_IF_IF_IF_IF_SEXT_fnCORDIC_r__ETC___d167 :
	       IF_IF_IF_IF_IF_IF_IF_IF_IF_IF_SEXT_fnCORDIC_r__ETC___d162 +
	       IF_IF_IF_IF_IF_IF_IF_IF_IF_IF_SEXT_fnCORDIC_r__ETC___d167 ;
  assign IF_IF_IF_IF_IF_IF_IF_IF_IF_IF_IF_SEXT_fnCORDIC_ETC___d171 =
	     { {10{IF_IF_IF_IF_IF_IF_IF_IF_IF_IF_IF_SEXT_fnCORDIC_ETC__q26[12]}},
	       IF_IF_IF_IF_IF_IF_IF_IF_IF_IF_IF_SEXT_fnCORDIC_ETC__q26 } ;
  assign IF_IF_IF_IF_IF_IF_IF_IF_IF_IF_IF_SEXT_fnCORDIC_ETC___d175 =
	     { {10{IF_IF_IF_IF_IF_IF_IF_IF_IF_IF_IF_SEXT_fnCORDIC_ETC__q25[12]}},
	       IF_IF_IF_IF_IF_IF_IF_IF_IF_IF_IF_SEXT_fnCORDIC_ETC__q25 } ;
  assign IF_IF_IF_IF_IF_IF_IF_IF_IF_IF_IF_SEXT_fnCORDIC_ETC___d50 =
	     IF_IF_IF_IF_IF_IF_IF_IF_IF_IF_SEXT_fnCORDIC_r__ETC___d46[19] ?
	       IF_IF_IF_IF_IF_IF_IF_IF_IF_IF_SEXT_fnCORDIC_r__ETC___d46 +
	       20'd326 :
	       IF_IF_IF_IF_IF_IF_IF_IF_IF_IF_SEXT_fnCORDIC_r__ETC___d46 -
	       20'd326 ;
  assign IF_IF_IF_IF_IF_IF_IF_IF_IF_IF_IF_SEXT_fnCORDIC_ETC__q25 =
	     IF_IF_IF_IF_IF_IF_IF_IF_IF_IF_IF_SEXT_fnCORDIC_ETC___d166[22:10] ;
  assign IF_IF_IF_IF_IF_IF_IF_IF_IF_IF_IF_SEXT_fnCORDIC_ETC__q26 =
	     IF_IF_IF_IF_IF_IF_IF_IF_IF_IF_IF_SEXT_fnCORDIC_ETC___d170[22:10] ;
  assign IF_IF_IF_IF_IF_IF_IF_IF_IF_IF_SEXT_fnCORDIC_r__ETC___d158 =
	     IF_IF_IF_IF_IF_IF_IF_IF_IF_SEXT_fnCORDIC_r_16__ETC___d42[19] ?
	       IF_IF_IF_IF_IF_IF_IF_IF_IF_SEXT_fnCORDIC_r_16__ETC___d150 +
	       IF_IF_IF_IF_IF_IF_IF_IF_IF_SEXT_fnCORDIC_r_16__ETC___d155 :
	       IF_IF_IF_IF_IF_IF_IF_IF_IF_SEXT_fnCORDIC_r_16__ETC___d150 -
	       IF_IF_IF_IF_IF_IF_IF_IF_IF_SEXT_fnCORDIC_r_16__ETC___d155 ;
  assign IF_IF_IF_IF_IF_IF_IF_IF_IF_IF_SEXT_fnCORDIC_r__ETC___d162 =
	     IF_IF_IF_IF_IF_IF_IF_IF_IF_SEXT_fnCORDIC_r_16__ETC___d42[19] ?
	       IF_IF_IF_IF_IF_IF_IF_IF_IF_SEXT_fnCORDIC_r_16__ETC___d154 -
	       IF_IF_IF_IF_IF_IF_IF_IF_IF_SEXT_fnCORDIC_r_16__ETC___d159 :
	       IF_IF_IF_IF_IF_IF_IF_IF_IF_SEXT_fnCORDIC_r_16__ETC___d154 +
	       IF_IF_IF_IF_IF_IF_IF_IF_IF_SEXT_fnCORDIC_r_16__ETC___d159 ;
  assign IF_IF_IF_IF_IF_IF_IF_IF_IF_IF_SEXT_fnCORDIC_r__ETC___d163 =
	     { {9{IF_IF_IF_IF_IF_IF_IF_IF_IF_IF_SEXT_fnCORDIC_r__ETC__q24[13]}},
	       IF_IF_IF_IF_IF_IF_IF_IF_IF_IF_SEXT_fnCORDIC_r__ETC__q24 } ;
  assign IF_IF_IF_IF_IF_IF_IF_IF_IF_IF_SEXT_fnCORDIC_r__ETC___d167 =
	     { {9{IF_IF_IF_IF_IF_IF_IF_IF_IF_IF_SEXT_fnCORDIC_r__ETC__q23[13]}},
	       IF_IF_IF_IF_IF_IF_IF_IF_IF_IF_SEXT_fnCORDIC_r__ETC__q23 } ;
  assign IF_IF_IF_IF_IF_IF_IF_IF_IF_IF_SEXT_fnCORDIC_r__ETC___d46 =
	     IF_IF_IF_IF_IF_IF_IF_IF_IF_SEXT_fnCORDIC_r_16__ETC___d42[19] ?
	       IF_IF_IF_IF_IF_IF_IF_IF_IF_SEXT_fnCORDIC_r_16__ETC___d42 +
	       20'd652 :
	       IF_IF_IF_IF_IF_IF_IF_IF_IF_SEXT_fnCORDIC_r_16__ETC___d42 -
	       20'd652 ;
  assign IF_IF_IF_IF_IF_IF_IF_IF_IF_IF_SEXT_fnCORDIC_r__ETC__q23 =
	     IF_IF_IF_IF_IF_IF_IF_IF_IF_IF_SEXT_fnCORDIC_r__ETC___d158[22:9] ;
  assign IF_IF_IF_IF_IF_IF_IF_IF_IF_IF_SEXT_fnCORDIC_r__ETC__q24 =
	     IF_IF_IF_IF_IF_IF_IF_IF_IF_IF_SEXT_fnCORDIC_r__ETC___d162[22:9] ;
  assign IF_IF_IF_IF_IF_IF_IF_IF_IF_SEXT_fnCORDIC_r_16__ETC___d150 =
	     IF_IF_IF_IF_IF_IF_IF_IF_SEXT_fnCORDIC_r_16_req_ETC___d38[19] ?
	       IF_IF_IF_IF_IF_IF_IF_IF_SEXT_fnCORDIC_r_16_req_ETC___d142 +
	       IF_IF_IF_IF_IF_IF_IF_IF_SEXT_fnCORDIC_r_16_req_ETC___d147 :
	       IF_IF_IF_IF_IF_IF_IF_IF_SEXT_fnCORDIC_r_16_req_ETC___d142 -
	       IF_IF_IF_IF_IF_IF_IF_IF_SEXT_fnCORDIC_r_16_req_ETC___d147 ;
  assign IF_IF_IF_IF_IF_IF_IF_IF_IF_SEXT_fnCORDIC_r_16__ETC___d154 =
	     IF_IF_IF_IF_IF_IF_IF_IF_SEXT_fnCORDIC_r_16_req_ETC___d38[19] ?
	       IF_IF_IF_IF_IF_IF_IF_IF_SEXT_fnCORDIC_r_16_req_ETC___d146 -
	       IF_IF_IF_IF_IF_IF_IF_IF_SEXT_fnCORDIC_r_16_req_ETC___d151 :
	       IF_IF_IF_IF_IF_IF_IF_IF_SEXT_fnCORDIC_r_16_req_ETC___d146 +
	       IF_IF_IF_IF_IF_IF_IF_IF_SEXT_fnCORDIC_r_16_req_ETC___d151 ;
  assign IF_IF_IF_IF_IF_IF_IF_IF_IF_SEXT_fnCORDIC_r_16__ETC___d155 =
	     { {8{IF_IF_IF_IF_IF_IF_IF_IF_IF_SEXT_fnCORDIC_r_16__ETC__q22[14]}},
	       IF_IF_IF_IF_IF_IF_IF_IF_IF_SEXT_fnCORDIC_r_16__ETC__q22 } ;
  assign IF_IF_IF_IF_IF_IF_IF_IF_IF_SEXT_fnCORDIC_r_16__ETC___d159 =
	     { {8{IF_IF_IF_IF_IF_IF_IF_IF_IF_SEXT_fnCORDIC_r_16__ETC__q21[14]}},
	       IF_IF_IF_IF_IF_IF_IF_IF_IF_SEXT_fnCORDIC_r_16__ETC__q21 } ;
  assign IF_IF_IF_IF_IF_IF_IF_IF_IF_SEXT_fnCORDIC_r_16__ETC___d42 =
	     IF_IF_IF_IF_IF_IF_IF_IF_SEXT_fnCORDIC_r_16_req_ETC___d38[19] ?
	       IF_IF_IF_IF_IF_IF_IF_IF_SEXT_fnCORDIC_r_16_req_ETC___d38 +
	       20'd1304 :
	       IF_IF_IF_IF_IF_IF_IF_IF_SEXT_fnCORDIC_r_16_req_ETC___d38 -
	       20'd1304 ;
  assign IF_IF_IF_IF_IF_IF_IF_IF_IF_SEXT_fnCORDIC_r_16__ETC__q21 =
	     IF_IF_IF_IF_IF_IF_IF_IF_IF_SEXT_fnCORDIC_r_16__ETC___d150[22:8] ;
  assign IF_IF_IF_IF_IF_IF_IF_IF_IF_SEXT_fnCORDIC_r_16__ETC__q22 =
	     IF_IF_IF_IF_IF_IF_IF_IF_IF_SEXT_fnCORDIC_r_16__ETC___d154[22:8] ;
  assign IF_IF_IF_IF_IF_IF_IF_IF_SEXT_fnCORDIC_r_16_req_ETC___d142 =
	     IF_IF_IF_IF_IF_IF_IF_SEXT_fnCORDIC_r_16_req_BI_ETC___d34[19] ?
	       IF_IF_IF_IF_IF_IF_IF_SEXT_fnCORDIC_r_16_req_BI_ETC___d134 +
	       IF_IF_IF_IF_IF_IF_IF_SEXT_fnCORDIC_r_16_req_BI_ETC___d139 :
	       IF_IF_IF_IF_IF_IF_IF_SEXT_fnCORDIC_r_16_req_BI_ETC___d134 -
	       IF_IF_IF_IF_IF_IF_IF_SEXT_fnCORDIC_r_16_req_BI_ETC___d139 ;
  assign IF_IF_IF_IF_IF_IF_IF_IF_SEXT_fnCORDIC_r_16_req_ETC___d146 =
	     IF_IF_IF_IF_IF_IF_IF_SEXT_fnCORDIC_r_16_req_BI_ETC___d34[19] ?
	       IF_IF_IF_IF_IF_IF_IF_SEXT_fnCORDIC_r_16_req_BI_ETC___d138 -
	       IF_IF_IF_IF_IF_IF_IF_SEXT_fnCORDIC_r_16_req_BI_ETC___d143 :
	       IF_IF_IF_IF_IF_IF_IF_SEXT_fnCORDIC_r_16_req_BI_ETC___d138 +
	       IF_IF_IF_IF_IF_IF_IF_SEXT_fnCORDIC_r_16_req_BI_ETC___d143 ;
  assign IF_IF_IF_IF_IF_IF_IF_IF_SEXT_fnCORDIC_r_16_req_ETC___d147 =
	     { {7{IF_IF_IF_IF_IF_IF_IF_IF_SEXT_fnCORDIC_r_16_req_ETC__q20[15]}},
	       IF_IF_IF_IF_IF_IF_IF_IF_SEXT_fnCORDIC_r_16_req_ETC__q20 } ;
  assign IF_IF_IF_IF_IF_IF_IF_IF_SEXT_fnCORDIC_r_16_req_ETC___d151 =
	     { {7{IF_IF_IF_IF_IF_IF_IF_IF_SEXT_fnCORDIC_r_16_req_ETC__q19[15]}},
	       IF_IF_IF_IF_IF_IF_IF_IF_SEXT_fnCORDIC_r_16_req_ETC__q19 } ;
  assign IF_IF_IF_IF_IF_IF_IF_IF_SEXT_fnCORDIC_r_16_req_ETC___d38 =
	     IF_IF_IF_IF_IF_IF_IF_SEXT_fnCORDIC_r_16_req_BI_ETC___d34[19] ?
	       IF_IF_IF_IF_IF_IF_IF_SEXT_fnCORDIC_r_16_req_BI_ETC___d34 +
	       20'd2607 :
	       IF_IF_IF_IF_IF_IF_IF_SEXT_fnCORDIC_r_16_req_BI_ETC___d34 -
	       20'd2607 ;
  assign IF_IF_IF_IF_IF_IF_IF_IF_SEXT_fnCORDIC_r_16_req_ETC__q19 =
	     IF_IF_IF_IF_IF_IF_IF_IF_SEXT_fnCORDIC_r_16_req_ETC___d142[22:7] ;
  assign IF_IF_IF_IF_IF_IF_IF_IF_SEXT_fnCORDIC_r_16_req_ETC__q20 =
	     IF_IF_IF_IF_IF_IF_IF_IF_SEXT_fnCORDIC_r_16_req_ETC___d146[22:7] ;
  assign IF_IF_IF_IF_IF_IF_IF_SEXT_fnCORDIC_r_16_req_BI_ETC___d134 =
	     IF_IF_IF_IF_IF_IF_SEXT_fnCORDIC_r_16_req_BITS__ETC___d30[19] ?
	       IF_IF_IF_IF_IF_IF_SEXT_fnCORDIC_r_16_req_BITS__ETC___d126 +
	       IF_IF_IF_IF_IF_IF_SEXT_fnCORDIC_r_16_req_BITS__ETC___d131 :
	       IF_IF_IF_IF_IF_IF_SEXT_fnCORDIC_r_16_req_BITS__ETC___d126 -
	       IF_IF_IF_IF_IF_IF_SEXT_fnCORDIC_r_16_req_BITS__ETC___d131 ;
  assign IF_IF_IF_IF_IF_IF_IF_SEXT_fnCORDIC_r_16_req_BI_ETC___d138 =
	     IF_IF_IF_IF_IF_IF_SEXT_fnCORDIC_r_16_req_BITS__ETC___d30[19] ?
	       IF_IF_IF_IF_IF_IF_SEXT_fnCORDIC_r_16_req_BITS__ETC___d130 -
	       IF_IF_IF_IF_IF_IF_SEXT_fnCORDIC_r_16_req_BITS__ETC___d135 :
	       IF_IF_IF_IF_IF_IF_SEXT_fnCORDIC_r_16_req_BITS__ETC___d130 +
	       IF_IF_IF_IF_IF_IF_SEXT_fnCORDIC_r_16_req_BITS__ETC___d135 ;
  assign IF_IF_IF_IF_IF_IF_IF_SEXT_fnCORDIC_r_16_req_BI_ETC___d139 =
	     { {6{IF_IF_IF_IF_IF_IF_IF_SEXT_fnCORDIC_r_16_req_BI_ETC__q18[16]}},
	       IF_IF_IF_IF_IF_IF_IF_SEXT_fnCORDIC_r_16_req_BI_ETC__q18 } ;
  assign IF_IF_IF_IF_IF_IF_IF_SEXT_fnCORDIC_r_16_req_BI_ETC___d143 =
	     { {6{IF_IF_IF_IF_IF_IF_IF_SEXT_fnCORDIC_r_16_req_BI_ETC__q17[16]}},
	       IF_IF_IF_IF_IF_IF_IF_SEXT_fnCORDIC_r_16_req_BI_ETC__q17 } ;
  assign IF_IF_IF_IF_IF_IF_IF_SEXT_fnCORDIC_r_16_req_BI_ETC___d34 =
	     IF_IF_IF_IF_IF_IF_SEXT_fnCORDIC_r_16_req_BITS__ETC___d30[19] ?
	       IF_IF_IF_IF_IF_IF_SEXT_fnCORDIC_r_16_req_BITS__ETC___d30 +
	       20'd5213 :
	       IF_IF_IF_IF_IF_IF_SEXT_fnCORDIC_r_16_req_BITS__ETC___d30 -
	       20'd5213 ;
  assign IF_IF_IF_IF_IF_IF_IF_SEXT_fnCORDIC_r_16_req_BI_ETC__q17 =
	     IF_IF_IF_IF_IF_IF_IF_SEXT_fnCORDIC_r_16_req_BI_ETC___d134[22:6] ;
  assign IF_IF_IF_IF_IF_IF_IF_SEXT_fnCORDIC_r_16_req_BI_ETC__q18 =
	     IF_IF_IF_IF_IF_IF_IF_SEXT_fnCORDIC_r_16_req_BI_ETC___d138[22:6] ;
  assign IF_IF_IF_IF_IF_IF_SEXT_fnCORDIC_r_16_req_BITS__ETC___d126 =
	     IF_IF_IF_IF_IF_SEXT_fnCORDIC_r_16_req_BITS_15__ETC___d26[19] ?
	       IF_IF_IF_IF_IF_SEXT_fnCORDIC_r_16_req_BITS_15__ETC___d118 +
	       IF_IF_IF_IF_IF_SEXT_fnCORDIC_r_16_req_BITS_15__ETC___d123 :
	       IF_IF_IF_IF_IF_SEXT_fnCORDIC_r_16_req_BITS_15__ETC___d118 -
	       IF_IF_IF_IF_IF_SEXT_fnCORDIC_r_16_req_BITS_15__ETC___d123 ;
  assign IF_IF_IF_IF_IF_IF_SEXT_fnCORDIC_r_16_req_BITS__ETC___d130 =
	     IF_IF_IF_IF_IF_SEXT_fnCORDIC_r_16_req_BITS_15__ETC___d26[19] ?
	       IF_IF_IF_IF_IF_SEXT_fnCORDIC_r_16_req_BITS_15__ETC___d122 -
	       IF_IF_IF_IF_IF_SEXT_fnCORDIC_r_16_req_BITS_15__ETC___d127 :
	       IF_IF_IF_IF_IF_SEXT_fnCORDIC_r_16_req_BITS_15__ETC___d122 +
	       IF_IF_IF_IF_IF_SEXT_fnCORDIC_r_16_req_BITS_15__ETC___d127 ;
  assign IF_IF_IF_IF_IF_IF_SEXT_fnCORDIC_r_16_req_BITS__ETC___d131 =
	     { {5{IF_IF_IF_IF_IF_IF_SEXT_fnCORDIC_r_16_req_BITS__ETC__q16[17]}},
	       IF_IF_IF_IF_IF_IF_SEXT_fnCORDIC_r_16_req_BITS__ETC__q16 } ;
  assign IF_IF_IF_IF_IF_IF_SEXT_fnCORDIC_r_16_req_BITS__ETC___d135 =
	     { {5{IF_IF_IF_IF_IF_IF_SEXT_fnCORDIC_r_16_req_BITS__ETC__q15[17]}},
	       IF_IF_IF_IF_IF_IF_SEXT_fnCORDIC_r_16_req_BITS__ETC__q15 } ;
  assign IF_IF_IF_IF_IF_IF_SEXT_fnCORDIC_r_16_req_BITS__ETC___d30 =
	     IF_IF_IF_IF_IF_SEXT_fnCORDIC_r_16_req_BITS_15__ETC___d26[19] ?
	       IF_IF_IF_IF_IF_SEXT_fnCORDIC_r_16_req_BITS_15__ETC___d26 +
	       20'd10417 :
	       IF_IF_IF_IF_IF_SEXT_fnCORDIC_r_16_req_BITS_15__ETC___d26 -
	       20'd10417 ;
  assign IF_IF_IF_IF_IF_IF_SEXT_fnCORDIC_r_16_req_BITS__ETC__q15 =
	     IF_IF_IF_IF_IF_IF_SEXT_fnCORDIC_r_16_req_BITS__ETC___d126[22:5] ;
  assign IF_IF_IF_IF_IF_IF_SEXT_fnCORDIC_r_16_req_BITS__ETC__q16 =
	     IF_IF_IF_IF_IF_IF_SEXT_fnCORDIC_r_16_req_BITS__ETC___d130[22:5] ;
  assign IF_IF_IF_IF_IF_SEXT_fnCORDIC_r_16_req_BITS_15__ETC___d118 =
	     IF_IF_IF_IF_SEXT_fnCORDIC_r_16_req_BITS_15_TO__ETC___d22[19] ?
	       IF_IF_IF_IF_SEXT_fnCORDIC_r_16_req_BITS_15_TO__ETC___d110 +
	       IF_IF_IF_IF_SEXT_fnCORDIC_r_16_req_BITS_15_TO__ETC___d115 :
	       IF_IF_IF_IF_SEXT_fnCORDIC_r_16_req_BITS_15_TO__ETC___d110 -
	       IF_IF_IF_IF_SEXT_fnCORDIC_r_16_req_BITS_15_TO__ETC___d115 ;
  assign IF_IF_IF_IF_IF_SEXT_fnCORDIC_r_16_req_BITS_15__ETC___d122 =
	     IF_IF_IF_IF_SEXT_fnCORDIC_r_16_req_BITS_15_TO__ETC___d22[19] ?
	       IF_IF_IF_IF_SEXT_fnCORDIC_r_16_req_BITS_15_TO__ETC___d114 -
	       IF_IF_IF_IF_SEXT_fnCORDIC_r_16_req_BITS_15_TO__ETC___d119 :
	       IF_IF_IF_IF_SEXT_fnCORDIC_r_16_req_BITS_15_TO__ETC___d114 +
	       IF_IF_IF_IF_SEXT_fnCORDIC_r_16_req_BITS_15_TO__ETC___d119 ;
  assign IF_IF_IF_IF_IF_SEXT_fnCORDIC_r_16_req_BITS_15__ETC___d123 =
	     { {4{IF_IF_IF_IF_IF_SEXT_fnCORDIC_r_16_req_BITS_15__ETC__q14[18]}},
	       IF_IF_IF_IF_IF_SEXT_fnCORDIC_r_16_req_BITS_15__ETC__q14 } ;
  assign IF_IF_IF_IF_IF_SEXT_fnCORDIC_r_16_req_BITS_15__ETC___d127 =
	     { {4{IF_IF_IF_IF_IF_SEXT_fnCORDIC_r_16_req_BITS_15__ETC__q13[18]}},
	       IF_IF_IF_IF_IF_SEXT_fnCORDIC_r_16_req_BITS_15__ETC__q13 } ;
  assign IF_IF_IF_IF_IF_SEXT_fnCORDIC_r_16_req_BITS_15__ETC___d26 =
	     IF_IF_IF_IF_SEXT_fnCORDIC_r_16_req_BITS_15_TO__ETC___d22[19] ?
	       IF_IF_IF_IF_SEXT_fnCORDIC_r_16_req_BITS_15_TO__ETC___d22 +
	       20'd20753 :
	       IF_IF_IF_IF_SEXT_fnCORDIC_r_16_req_BITS_15_TO__ETC___d22 -
	       20'd20753 ;
  assign IF_IF_IF_IF_IF_SEXT_fnCORDIC_r_16_req_BITS_15__ETC__q13 =
	     IF_IF_IF_IF_IF_SEXT_fnCORDIC_r_16_req_BITS_15__ETC___d118[22:4] ;
  assign IF_IF_IF_IF_IF_SEXT_fnCORDIC_r_16_req_BITS_15__ETC__q14 =
	     IF_IF_IF_IF_IF_SEXT_fnCORDIC_r_16_req_BITS_15__ETC___d122[22:4] ;
  assign IF_IF_IF_IF_SEXT_fnCORDIC_r_16_req_BITS_15_TO__ETC___d110 =
	     IF_IF_IF_SEXT_fnCORDIC_r_16_req_BITS_15_TO_0_B_ETC___d18[19] ?
	       IF_IF_IF_SEXT_fnCORDIC_r_16_req_BITS_15_TO_0_B_ETC___d102 +
	       IF_IF_IF_SEXT_fnCORDIC_r_16_req_BITS_15_TO_0_B_ETC___d107 :
	       IF_IF_IF_SEXT_fnCORDIC_r_16_req_BITS_15_TO_0_B_ETC___d102 -
	       IF_IF_IF_SEXT_fnCORDIC_r_16_req_BITS_15_TO_0_B_ETC___d107 ;
  assign IF_IF_IF_IF_SEXT_fnCORDIC_r_16_req_BITS_15_TO__ETC___d114 =
	     IF_IF_IF_SEXT_fnCORDIC_r_16_req_BITS_15_TO_0_B_ETC___d18[19] ?
	       IF_IF_IF_SEXT_fnCORDIC_r_16_req_BITS_15_TO_0_B_ETC___d106 -
	       IF_IF_IF_SEXT_fnCORDIC_r_16_req_BITS_15_TO_0_B_ETC___d111 :
	       IF_IF_IF_SEXT_fnCORDIC_r_16_req_BITS_15_TO_0_B_ETC___d106 +
	       IF_IF_IF_SEXT_fnCORDIC_r_16_req_BITS_15_TO_0_B_ETC___d111 ;
  assign IF_IF_IF_IF_SEXT_fnCORDIC_r_16_req_BITS_15_TO__ETC___d115 =
	     { {3{IF_IF_IF_IF_SEXT_fnCORDIC_r_16_req_BITS_15_TO__ETC__q12[19]}},
	       IF_IF_IF_IF_SEXT_fnCORDIC_r_16_req_BITS_15_TO__ETC__q12 } ;
  assign IF_IF_IF_IF_SEXT_fnCORDIC_r_16_req_BITS_15_TO__ETC___d119 =
	     { {3{IF_IF_IF_IF_SEXT_fnCORDIC_r_16_req_BITS_15_TO__ETC__q11[19]}},
	       IF_IF_IF_IF_SEXT_fnCORDIC_r_16_req_BITS_15_TO__ETC__q11 } ;
  assign IF_IF_IF_IF_SEXT_fnCORDIC_r_16_req_BITS_15_TO__ETC___d22 =
	     IF_IF_IF_SEXT_fnCORDIC_r_16_req_BITS_15_TO_0_B_ETC___d18[19] ?
	       IF_IF_IF_SEXT_fnCORDIC_r_16_req_BITS_15_TO_0_B_ETC___d18 +
	       20'd40884 :
	       IF_IF_IF_SEXT_fnCORDIC_r_16_req_BITS_15_TO_0_B_ETC___d18 -
	       20'd40884 ;
  assign IF_IF_IF_IF_SEXT_fnCORDIC_r_16_req_BITS_15_TO__ETC__q11 =
	     IF_IF_IF_IF_SEXT_fnCORDIC_r_16_req_BITS_15_TO__ETC___d110[22:3] ;
  assign IF_IF_IF_IF_SEXT_fnCORDIC_r_16_req_BITS_15_TO__ETC__q12 =
	     IF_IF_IF_IF_SEXT_fnCORDIC_r_16_req_BITS_15_TO__ETC___d114[22:3] ;
  assign IF_IF_IF_SEXT_fnCORDIC_r_16_req_BITS_15_TO_0_B_ETC___d102 =
	     IF_IF_SEXT_fnCORDIC_r_16_req_BITS_15_TO_0_BITS_ETC___d14[19] ?
	       IF_IF_SEXT_fnCORDIC_r_16_req_BITS_15_TO_0_BITS_ETC___d94 +
	       IF_IF_SEXT_fnCORDIC_r_16_req_BITS_15_TO_0_BITS_ETC___d99 :
	       IF_IF_SEXT_fnCORDIC_r_16_req_BITS_15_TO_0_BITS_ETC___d94 -
	       IF_IF_SEXT_fnCORDIC_r_16_req_BITS_15_TO_0_BITS_ETC___d99 ;
  assign IF_IF_IF_SEXT_fnCORDIC_r_16_req_BITS_15_TO_0_B_ETC___d106 =
	     IF_IF_SEXT_fnCORDIC_r_16_req_BITS_15_TO_0_BITS_ETC___d14[19] ?
	       IF_IF_SEXT_fnCORDIC_r_16_req_BITS_15_TO_0_BITS_ETC___d98 -
	       IF_IF_SEXT_fnCORDIC_r_16_req_BITS_15_TO_0_BITS_ETC___d103 :
	       IF_IF_SEXT_fnCORDIC_r_16_req_BITS_15_TO_0_BITS_ETC___d98 +
	       IF_IF_SEXT_fnCORDIC_r_16_req_BITS_15_TO_0_BITS_ETC___d103 ;
  assign IF_IF_IF_SEXT_fnCORDIC_r_16_req_BITS_15_TO_0_B_ETC___d107 =
	     { {2{IF_IF_IF_SEXT_fnCORDIC_r_16_req_BITS_15_TO_0_B_ETC__q10[20]}},
	       IF_IF_IF_SEXT_fnCORDIC_r_16_req_BITS_15_TO_0_B_ETC__q10 } ;
  assign IF_IF_IF_SEXT_fnCORDIC_r_16_req_BITS_15_TO_0_B_ETC___d111 =
	     { {2{IF_IF_IF_SEXT_fnCORDIC_r_16_req_BITS_15_TO_0_B_ETC__q9[20]}},
	       IF_IF_IF_SEXT_fnCORDIC_r_16_req_BITS_15_TO_0_B_ETC__q9 } ;
  assign IF_IF_IF_SEXT_fnCORDIC_r_16_req_BITS_15_TO_0_B_ETC___d18 =
	     IF_IF_SEXT_fnCORDIC_r_16_req_BITS_15_TO_0_BITS_ETC___d14[19] ?
	       IF_IF_SEXT_fnCORDIC_r_16_req_BITS_15_TO_0_BITS_ETC___d14 +
	       20'd77376 :
	       IF_IF_SEXT_fnCORDIC_r_16_req_BITS_15_TO_0_BITS_ETC___d14 -
	       20'd77376 ;
  assign IF_IF_IF_SEXT_fnCORDIC_r_16_req_BITS_15_TO_0_B_ETC__q10 =
	     IF_IF_IF_SEXT_fnCORDIC_r_16_req_BITS_15_TO_0_B_ETC___d106[22:2] ;
  assign IF_IF_IF_SEXT_fnCORDIC_r_16_req_BITS_15_TO_0_B_ETC__q9 =
	     IF_IF_IF_SEXT_fnCORDIC_r_16_req_BITS_15_TO_0_B_ETC___d102[22:2] ;
  assign IF_IF_SEXT_fnCORDIC_r_16_req_BITS_15_TO_0_BITS_ETC___d103 =
	     { IF_IF_SEXT_fnCORDIC_r_16_req_BITS_15_TO_0_BITS_ETC__q7[21],
	       IF_IF_SEXT_fnCORDIC_r_16_req_BITS_15_TO_0_BITS_ETC__q7 } ;
  assign IF_IF_SEXT_fnCORDIC_r_16_req_BITS_15_TO_0_BITS_ETC___d14 =
	     IF_SEXT_fnCORDIC_r_16_req_BITS_15_TO_0_BITS_15_ETC___d10[19] ?
	       IF_SEXT_fnCORDIC_r_16_req_BITS_15_TO_0_BITS_15_ETC___d10 +
	       20'd131072 :
	       IF_SEXT_fnCORDIC_r_16_req_BITS_15_TO_0_BITS_15_ETC___d10 -
	       20'd131072 ;
  assign IF_IF_SEXT_fnCORDIC_r_16_req_BITS_15_TO_0_BITS_ETC___d94 =
	     IF_SEXT_fnCORDIC_r_16_req_BITS_15_TO_0_BITS_15_ETC___d10[19] ?
	       IF_SEXT_fnCORDIC_r_16_req_BITS_15_TO_0_BITS_15_ETC___d86 +
	       IF_SEXT_fnCORDIC_r_16_req_BITS_15_TO_0_BITS_15_ETC___d91 :
	       IF_SEXT_fnCORDIC_r_16_req_BITS_15_TO_0_BITS_15_ETC___d86 -
	       IF_SEXT_fnCORDIC_r_16_req_BITS_15_TO_0_BITS_15_ETC___d91 ;
  assign IF_IF_SEXT_fnCORDIC_r_16_req_BITS_15_TO_0_BITS_ETC___d98 =
	     IF_SEXT_fnCORDIC_r_16_req_BITS_15_TO_0_BITS_15_ETC___d10[19] ?
	       IF_SEXT_fnCORDIC_r_16_req_BITS_15_TO_0_BITS_15_ETC___d90 -
	       IF_SEXT_fnCORDIC_r_16_req_BITS_15_TO_0_BITS_15_ETC___d95 :
	       IF_SEXT_fnCORDIC_r_16_req_BITS_15_TO_0_BITS_15_ETC___d90 +
	       IF_SEXT_fnCORDIC_r_16_req_BITS_15_TO_0_BITS_15_ETC___d95 ;
  assign IF_IF_SEXT_fnCORDIC_r_16_req_BITS_15_TO_0_BITS_ETC___d99 =
	     { IF_IF_SEXT_fnCORDIC_r_16_req_BITS_15_TO_0_BITS_ETC__q8[21],
	       IF_IF_SEXT_fnCORDIC_r_16_req_BITS_15_TO_0_BITS_ETC__q8 } ;
  assign IF_IF_SEXT_fnCORDIC_r_16_req_BITS_15_TO_0_BITS_ETC__q7 =
	     IF_IF_SEXT_fnCORDIC_r_16_req_BITS_15_TO_0_BITS_ETC___d94[22:1] ;
  assign IF_IF_SEXT_fnCORDIC_r_16_req_BITS_15_TO_0_BITS_ETC__q8 =
	     IF_IF_SEXT_fnCORDIC_r_16_req_BITS_15_TO_0_BITS_ETC___d98[22:1] ;
  assign IF_SEXT_fnCORDIC_r_16_req_BITS_15_TO_0_BITS_15_ETC___d10 =
	     SEXT_fnCORDIC_r_16_req_BITS_15_TO_0_BITS_15_TO_ETC___d5 ?
	       SEXT_fnCORDIC_r_16_req_BITS_15_TO_0_BITS_15_TO_ETC___d4 +
	       20'd262144 :
	       (SEXT_fnCORDIC_r_16_req_BITS_15_TO_0_BITS_15_TO_ETC___d7 ?
		  SEXT_fnCORDIC_r_16_req_BITS_15_TO_0_BITS_15_TO_ETC___d4 :
		  SEXT_fnCORDIC_r_16_req_BITS_15_TO_0_BITS_15_TO_ETC___d4 -
		  20'd262144) ;
  assign IF_SEXT_fnCORDIC_r_16_req_BITS_15_TO_0_BITS_15_ETC___d86 =
	     SEXT_fnCORDIC_r_16_req_BITS_15_TO_0_BITS_15_TO_ETC___d5 ?
	       { SEXT_fnCORDIC_r_16_req_BITS_31_TO_16__q4[16:0], 6'd0 } :
	       (SEXT_fnCORDIC_r_16_req_BITS_15_TO_0_BITS_15_TO_ETC___d7 ?
		  { SEXT_fnCORDIC_r_16_req_BITS_47_TO_32__q6[16:0], 6'd0 } :
		  -{ SEXT_fnCORDIC_r_16_req_BITS_31_TO_16__q4[16:0], 6'd0 }) ;
  assign IF_SEXT_fnCORDIC_r_16_req_BITS_15_TO_0_BITS_15_ETC___d90 =
	     SEXT_fnCORDIC_r_16_req_BITS_15_TO_0_BITS_15_TO_ETC___d5 ?
	       -{ SEXT_fnCORDIC_r_16_req_BITS_47_TO_32__q6[16:0], 6'd0 } :
	       { SEXT_fnCORDIC_r_16_req_BITS_15_TO_0_BITS_15_TO_ETC___d7 ?
		   SEXT_fnCORDIC_r_16_req_BITS_31_TO_16__q4[16:0] :
		   SEXT_fnCORDIC_r_16_req_BITS_47_TO_32__q6[16:0],
		 6'd0 } ;
  assign IF_SEXT_fnCORDIC_r_16_req_BITS_15_TO_0_BITS_15_ETC___d91 =
	     IF_SEXT_fnCORDIC_r_16_req_BITS_15_TO_0_BITS_15_ETC___d90 ;
  assign IF_SEXT_fnCORDIC_r_16_req_BITS_15_TO_0_BITS_15_ETC___d95 =
	     IF_SEXT_fnCORDIC_r_16_req_BITS_15_TO_0_BITS_15_ETC___d86 ;
  assign SEXT_IF_IF_IF_IF_IF_IF_IF_IF_IF_IF_IF_IF_IF_IF_ETC__q41 =
	     { {6{IF_IF_IF_IF_IF_IF_IF_IF_IF_IF_IF_IF_IF_IF_IF_I_ETC__q40[16]}},
	       IF_IF_IF_IF_IF_IF_IF_IF_IF_IF_IF_IF_IF_IF_IF_I_ETC__q40 } ;
  assign SEXT_IF_IF_IF_IF_IF_IF_IF_IF_IF_IF_IF_IF_IF_IF_ETC__q44 =
	     { {6{IF_IF_IF_IF_IF_IF_IF_IF_IF_IF_IF_IF_IF_IF_IF_I_ETC__q43[16]}},
	       IF_IF_IF_IF_IF_IF_IF_IF_IF_IF_IF_IF_IF_IF_IF_I_ETC__q43 } ;
  assign SEXT_IF_IF_IF_IF_IF_IF_IF_IF_IF_IF_IF_IF_IF_IF_ETC__q47 =
	     { {4{IF_IF_IF_IF_IF_IF_IF_IF_IF_IF_IF_IF_IF_IF_IF_I_ETC__q46[15]}},
	       IF_IF_IF_IF_IF_IF_IF_IF_IF_IF_IF_IF_IF_IF_IF_I_ETC__q46 } ;
  assign SEXT_fnCORDIC_r_16_req_BITS_15_TO_0_BITS_15_TO_ETC___d4 =
	     { SEXT_fnCORDIC_r_16_req_BITS_15_TO_0__q2[15:0], 4'd0 } ;
  assign SEXT_fnCORDIC_r_16_req_BITS_15_TO_0_BITS_15_TO_ETC___d5 =
	     (SEXT_fnCORDIC_r_16_req_BITS_15_TO_0_BITS_15_TO_ETC___d4 ^
	      20'h80000) <
	     20'd262144 ;
  assign SEXT_fnCORDIC_r_16_req_BITS_15_TO_0_BITS_15_TO_ETC___d7 =
	     (SEXT_fnCORDIC_r_16_req_BITS_15_TO_0_BITS_15_TO_ETC___d4 ^
	      20'h80000) <
	     20'd786432 ;
  assign SEXT_fnCORDIC_r_16_req_BITS_15_TO_0__q2 =
	     { {4{fnCORDIC_r_16_req_BITS_15_TO_0__q1[15]}},
	       fnCORDIC_r_16_req_BITS_15_TO_0__q1 } ;
  assign SEXT_fnCORDIC_r_16_req_BITS_31_TO_16__q4 =
	     { {7{fnCORDIC_r_16_req_BITS_31_TO_16__q3[15]}},
	       fnCORDIC_r_16_req_BITS_31_TO_16__q3 } ;
  assign SEXT_fnCORDIC_r_16_req_BITS_47_TO_32__q6 =
	     { {7{fnCORDIC_r_16_req_BITS_47_TO_32__q5[15]}},
	       fnCORDIC_r_16_req_BITS_47_TO_32__q5 } ;
  assign fnCORDIC_r_16_req_BITS_15_TO_0__q1 = fnCORDIC_r_16_req[15:0] ;
  assign fnCORDIC_r_16_req_BITS_31_TO_16__q3 = fnCORDIC_r_16_req[31:16] ;
  assign fnCORDIC_r_16_req_BITS_47_TO_32__q5 = fnCORDIC_r_16_req[47:32] ;
endmodule  // module_fnCORDIC_r_16